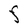
Character: F